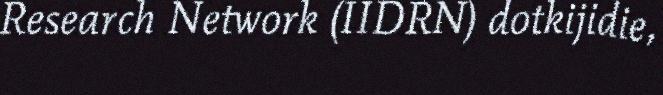
Research Network (IIDRN) dotkijidie,